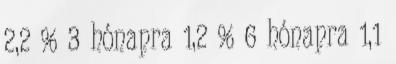
2,2 % 3 hónapra 1,2 % 6 hónapra 1,1